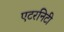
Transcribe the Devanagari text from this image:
एटरनिटी